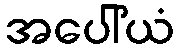
အပေါ်ယံ